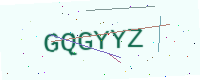
Text: GQGYYZ